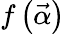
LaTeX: f\left(\vec{\alpha}\right)